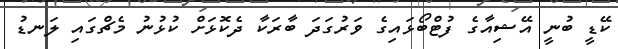
ކޭޑީ ބުނީ އޭޝިއާގެ ފުޓްބޯޅައިގެ ވަރުގަދަ ބާރަކާ ދެކޮޅަށް ކުޅުނު މެޗްގައި ލަނޑު